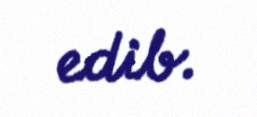
edib.